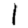
Digit: 1